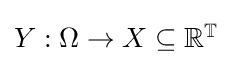
\textstyle Y:\Omega \to X\subseteq \mathbb {R} ^{\mathbb {T} }